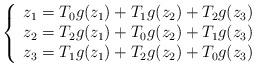
LaTeX: \begin{align*} \left\{\begin{array}{l}z_1=T_0g(z_1)+T_1g(z_2)+T_2g(z_3) \\z_2=T_2g(z_1)+T_0g(z_2)+T_1g(z_3) \\z_3=T_1g(z_1)+T_2g(z_2)+T_0g(z_3) \\\end{array}\right.\end{align*}